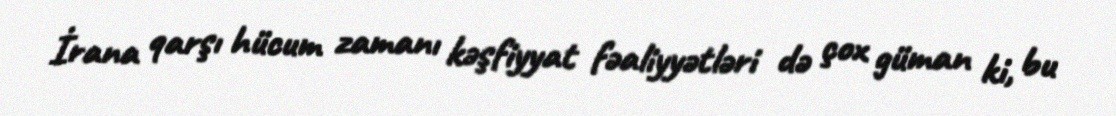
İrana qarşı hücum zamanı kəşfiyyat fəaliyyətləri də çox güman ki, bu